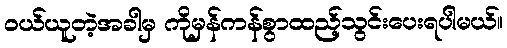
ဝယ်ယူတဲ့အခါမှ ကိုမှန်ကန်စွာထည့်သွင်းပေးရပါမယ်။